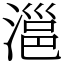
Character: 㴩